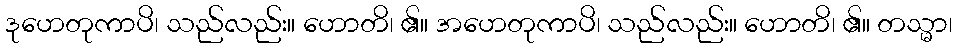
ဒုဟေတုကာပိ၊ သည်လည်း။ ဟောတိ၊ ၏။ အဟေတုကာပိ၊ သည်လည်း။ ဟောတိ၊ ၏။ တသ္မာ၊